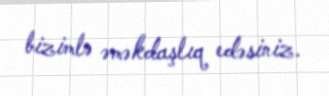
bizimlə əməkdaşlıq edəsiniz.